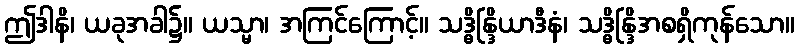
ဤဒါနိ၊ ယခုအခါ၌။ ယသ္မာ၊ အကြင်ကြောင့်။ သဒ္ဓိန္ဒြိယာဒီနံ၊ သဒ္ဓိန္ဒြိအစရှိကုန်သော။